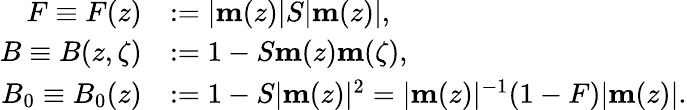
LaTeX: \begin{array}{rl}{F\equiv F(z)}&{:=|\mathbf{m}(z)|S|\mathbf{m}(z)|,}\\ {B\equiv B(z,\zeta)}&{:=1-S\mathbf{m}(z)\mathbf{m}(\zeta),}\\ {B_{0}\equiv B_{0}(z)}&{:=1-S|\mathbf{m}(z)|^{2}=|\mathbf{m}(z)|^{-1}(1-F)|\mathbf{m}(z)|.}\end{array}